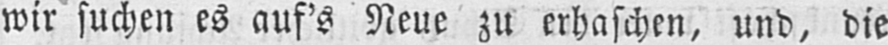
wir suchen es auf’s Neue zu erhaschen, und, die